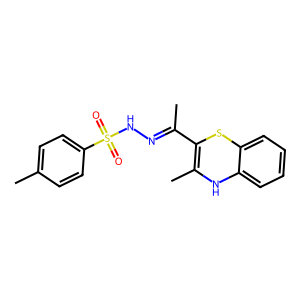
SMILES: CC(=NNS(=O)(=O)c1ccc(C)cc1)C1=C(C)Nc2ccccc2S1
Inhibits HIV replication: No